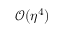
\mathcal { O } ( \eta ^ { 4 } )